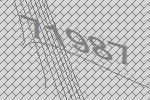
71987